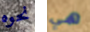
نحوه هي